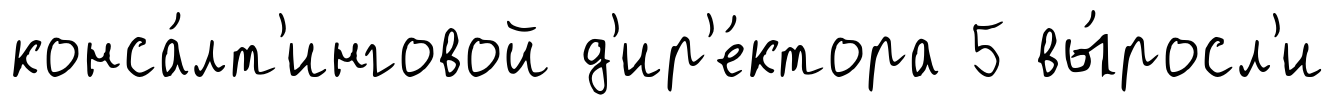
конса́лт'инговой д'ир'е́ктора 5 вы́росл'и